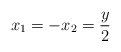
\begin{align*}x_1=-x_2=\frac{y}{2}\end{align*}